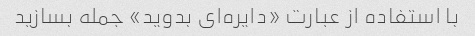
با استفاده از عبارت «دایره‌ای بدوید» جمله بسازید